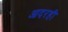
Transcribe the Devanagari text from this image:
आदरही